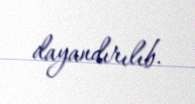
dayandırılıb.